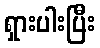
ရှားပါးပြီး